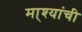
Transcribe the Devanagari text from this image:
मा्श्यांची